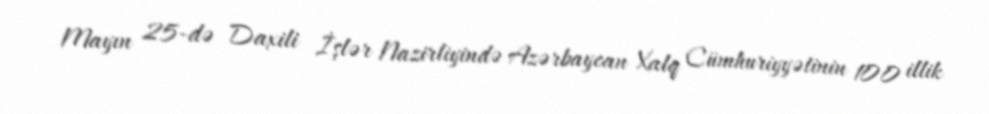
Mayın 25-də Daxili İşlər Nazirliyində Azərbaycan Xalq Cümhuriyyətinin 100 illik